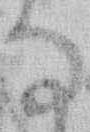
な